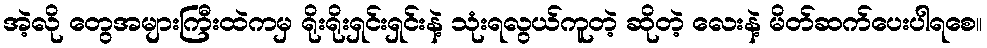
အဲ့လို တွေအများကြီးထဲကမှ ရိုးရိုးရှင်းရှင်းနဲ့ သုံးရလွယ်ကူတဲ့ ဆိုတဲ့ လေးနဲ့ မိတ်ဆက်ပေးပါရစေ။